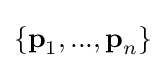
\{{\textbf {p}}_{1},...,{\textbf {p}}_{n}\}